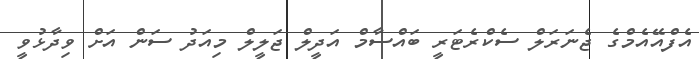
އެފްއޭއެމްގެ ޖެނަރަލް ސެކްރެޓަރީ ބައްސާމް އަދީލް ޖަލީލް މިއަދު ސަން އަށް ވިދާޅުވީ